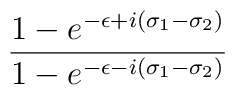
\frac{1-e^{-\epsilon+i(\sigma_1-\sigma_2)}}{1-e^{-\epsilon-i(\sigma_1-\sigma_2)}}